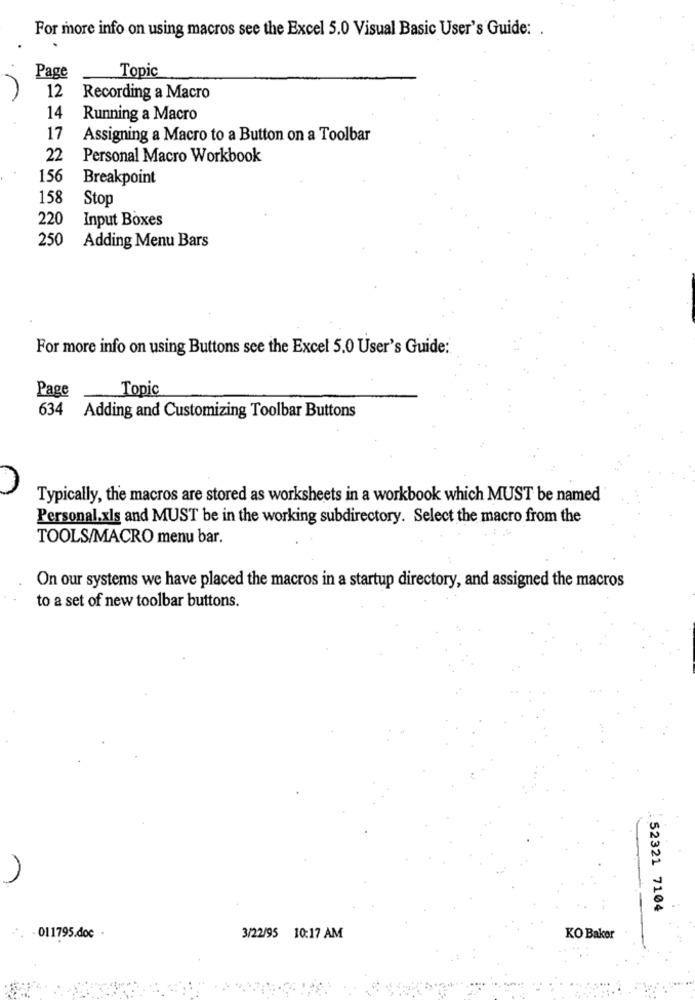
For more info on using macros see the Excel 5.0 Visual Basic User's Guide: .
Topic
Page
12
Recording a Macro
14
Running a Macro
17
Assigning a Macro to a Button on a Toolbar
22
Personal Macro Workbook
156
Breakpoint
158
Stop
220
Input Boxes
250
Adding Menu Bars
For more info on using Buttons see the Excel 5.0 User's Guide:
Page
Topic
634 Adding and Customizing Toolbar Buttons
Typically, the macros are stored as worksheets in a workbook which MUST be named
Personal.xls and MUST be in the working subdirectory. Select the macro from the
TOOLS/MACRO menu bar.
On our systems we have placed the macros in a startup directory, and assigned the macros
to a set of new toolbar buttons.
52321 7104
. 011795.doc -
3/22/95 10:17 AM
KO Baker